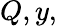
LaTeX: Q,y,